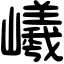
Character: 𡾞